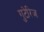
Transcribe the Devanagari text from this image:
गुटेरिज